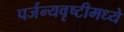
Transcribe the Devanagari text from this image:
पर्जन्यवृष्टीमध्ये